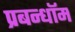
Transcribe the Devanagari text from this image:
प्रबन्धॉम